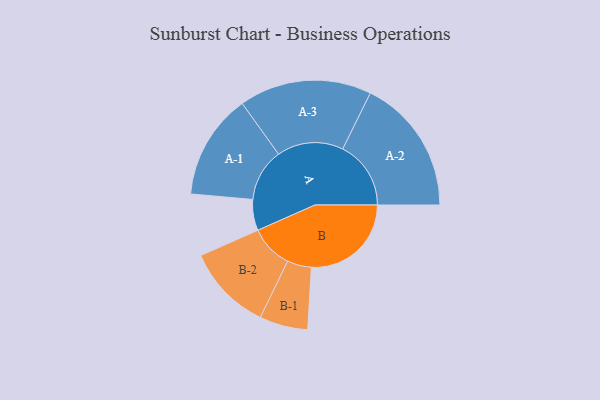
{"axis": {"x": "Segment", "y": "Value"}, "legend": ["", "A", "B"], "data": [{"x": "A", "y": 128, "type": ""}, {"x": "B", "y": 413, "type": ""}, {"x": "A-1", "y": 218, "type": "A"}, {"x": "A-2", "y": 282, "type": "A"}, {"x": "A-3", "y": 274, "type": "A"}, {"x": "B-1", "y": 100, "type": "B"}, {"x": "B-2", "y": 178, "type": "B"}]}